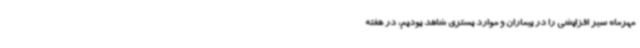
مهرماه سیر افزایشی را در بیماران و موارد بستری شاهد بودیم، در هفته